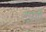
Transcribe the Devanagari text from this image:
दर्श्यों